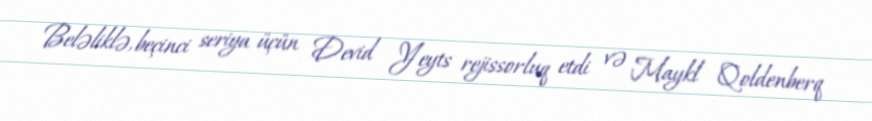
Beləliklə, beçinci seriya üçün Devid Yeyts rejissorluq etdi və Maykl Qoldenberq